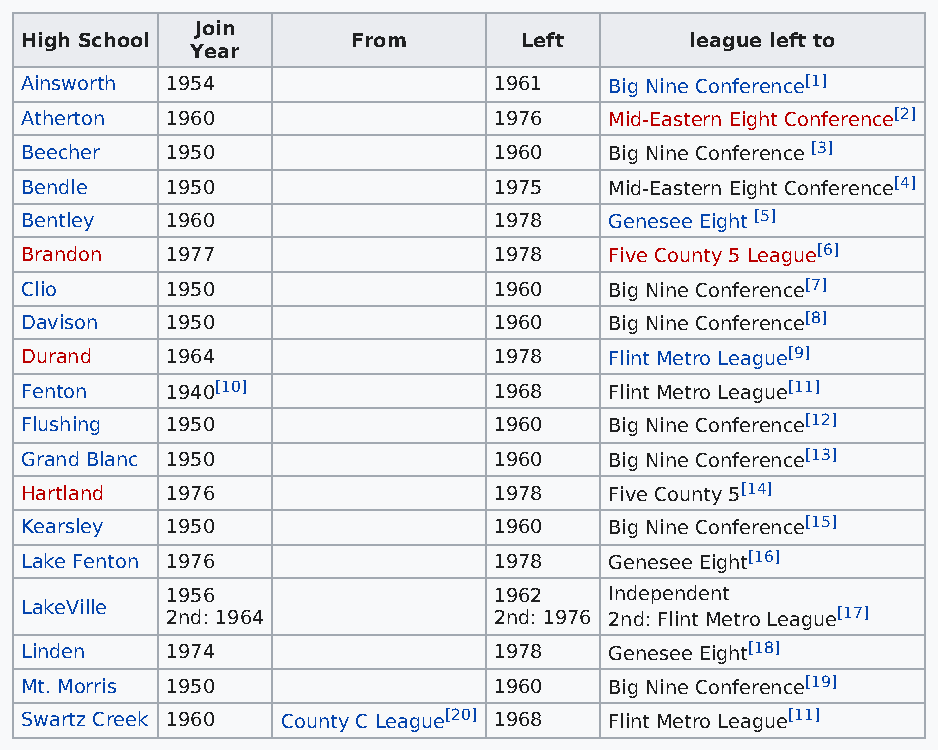
Join
 High School           From       Left        league left to
 Year
 Ainsworth 1954                  1961   Big Nine Conference[1]
 Atherton  1960                  1976   Mid-Eastern Eight Conference[2]
 Beecher   1950                  1960   Big Nine Conference [3]
 Bendle    1950                  1975   Mid-Eastern Eight Conference[4]
 Bentley   1960                  1978   Genesee Eight [5]
 Brandon   1977                  1978   Five County 5 League[6]
 Clio      1950                  1960   Big Nine Conference[7]
 Davison   1950                  1960   Big Nine Conference[8]
 Durand    1964                  1978   Flint Metro League[9]
 Fenton    1940[10]              1968   Flint Metro League[11]
 Flushing  1950                  1960   Big Nine Conference[12]
 Grand Blanc 1950                1960   Big Nine Conference[13]
 Hartland  1976                  1978   Five County 5[14]
 Kearsley  1950                  1960   Big Nine Conference[15]
 Lake Fenton 1976                1978   Genesee Eight[16]
 1956                  1962   Independent
 LakeVille
 2nd: 1964             2nd: 1976 2nd: Flint Metro League[17]
 Linden    1974                  1978   Genesee Eight[18]
 Mt. Morris 1950                 1960   Big Nine Conference[19]
 Swartz Creek 1960 County C League[20] 1968 Flint Metro League[11]